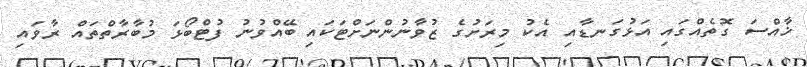
ޚާއްސަ ގޮތެއްގައި އަޅުގަނޑާއި އެކު މިރަށުގެ ޒުވާނުންނަށްޓަކައި ބޭއްވުނު ފުޓްބޯޅަ މުބާރާތްތައް ރާވައި